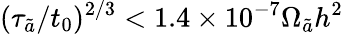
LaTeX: (\tau_{\tilde{a}}/t_{0})^{2/3}<1.4\times 10^{-7}\Omega_{\tilde{a}}h^{2}